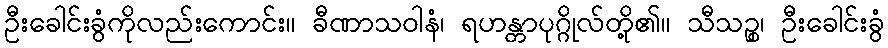
ဦးခေါင်းခွံကိုလည်းကောင်း။ ခီဏာသဝါနံ၊ ရဟန္တာပုဂ္ဂိုလ်တို့၏။ သီသဉ္စ၊ ဦးခေါင်းခွံ